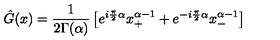
\hat { G } ( x ) = \frac { 1 } { 2 \Gamma ( \alpha ) } \left[ e ^ { i \frac { \pi } { 2 } \alpha } x _ { + } ^ { \alpha - 1 } + e ^ { - i \frac { \pi } { 2 } \alpha } x _ { - } ^ { \alpha - 1 } \right]